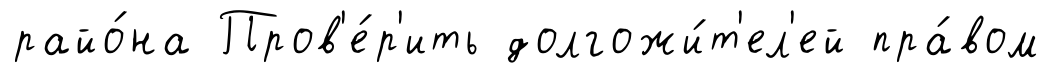
райо́на Пров'е́р'ить долгожи́т'ел'ей пра́вом